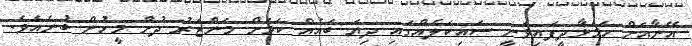
އޭނާއަށް ހަމަޅާދީފައިވަނީ ސައިކަލެއްގައި ދިޔަ ބައެއް ކަމަށް މަންޒަރު ދުށް މީހުން ބުނެއެވެ.